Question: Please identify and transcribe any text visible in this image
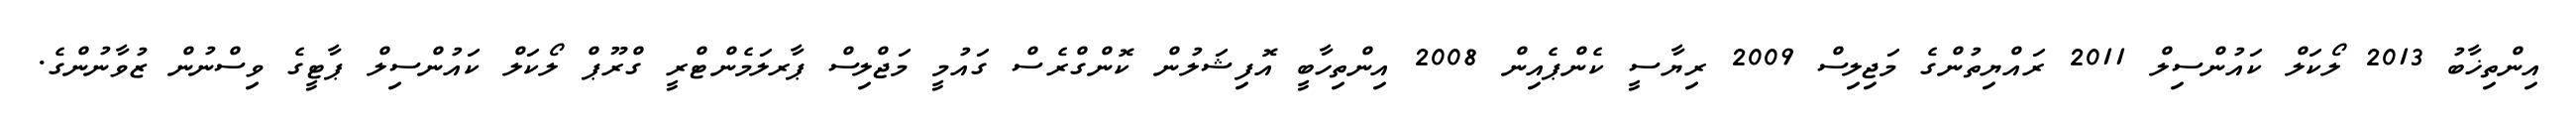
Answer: އިންތިޚާބު 2013 ލޯކަލް ކައުންސިލް 2011 ރައްޔިތުންގެ މަޖިލިސް 2009 ރިޔާސީ ކެންޕެއިން 2008 އިންތިހާބީ އޮފިޝަލުން ކޮންގްރެސް ގައުމީ މަޖްލިސް ޕާރލަމެންޓްރީ ގްރޫޕް ލޯކަލް ކައުންސިލް ޕާޓީގެ ވިސްނުން ޒުވާނުންގެ.